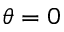
\theta = 0